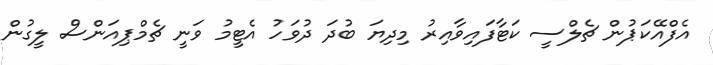
އެފްއޭކަޕުން ޗެލްސީ ކަޓާފައިވާއިރު މިދިޔަ ބުދަ ދުވަހު އެޓީމު ވަނީ ޗެމްޕިއަންސް ލީގުން